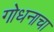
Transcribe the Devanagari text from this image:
गोधनाचा